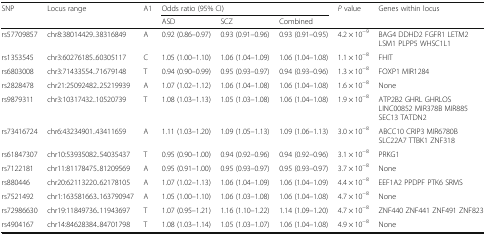
<table><thead><tr><td rowspan="2"><b>SNP</b></td><td rowspan="2"><b>Locus range</b></td><td rowspan="2"><b>A1</b></td><td colspan="3"><b>Odds ratio (95% CI)</b></td><td rowspan="2"><b><i>P</i> value</b></td><td rowspan="2"><b>Genes within locus</b></td></tr><tr><td><b>ASD</b></td><td><b>SCZ</b></td><td><b>Combined</b></td></tr></thead><tbody><tr><td>rs57709857</td><td>chr8:38014429..38316849</td><td>A</td><td>0.92 (0.86–0.97)</td><td>0.93 (0.91–0.96)</td><td>0.93 (0.91–0.95)</td><td>4.2 × 10<sup>−9</sup></td><td>BAG4 DDHD2 FGFR1 LETM2 LSM1 PLPP5 WHSC1L1</td></tr><tr><td>rs1353545</td><td>chr3:60276185..60305117</td><td>C</td><td>1.05 (1.00–1.10)</td><td>1.06 (1.04–1.09)</td><td>1.06 (1.04–1.08)</td><td>1.1 × 10<sup>−8</sup></td><td>FHIT</td></tr><tr><td>rs6803008</td><td>chr3:71433554..71679148</td><td>T</td><td>0.94 (0.90–0.99)</td><td>0.95 (0.93–0.97)</td><td>0.94 (0.93–0.96)</td><td>1.3 × 10<sup>−8</sup></td><td>FOXP1 MIR1284</td></tr><tr><td>rs2828478</td><td>chr21:25092482..25219939</td><td>A</td><td>1.07 (1.02–1.12)</td><td>1.06 (1.04–1.08)</td><td>1.06 (1.04–1.08)</td><td>1.6 × 10<sup>−8</sup></td><td>None</td></tr><tr><td>rs9879311</td><td>chr3:10317432..10520739</td><td>T</td><td>1.08 (1.03–1.13)</td><td>1.05 (1.03–1.08)</td><td>1.06 (1.04–1.08)</td><td>1.9 × 10<sup>−8</sup></td><td>ATP2B2 GHRL GHRLOS LINC00852 MIR378B MIR885 SEC13 TATDN2</td></tr><tr><td>rs73416724</td><td>chr6:43234901..43411659</td><td>A</td><td>1.11 (1.03–1.20)</td><td>1.09 (1.05–1.13)</td><td>1.09 (1.06–1.13)</td><td>3.0 × 10<sup>−8</sup></td><td>ABCC10 CRIP3 MIR6780B SLC22A7 TTBK1 ZNF318</td></tr><tr><td>rs61847307</td><td>chr10:53935082..54035437</td><td>T</td><td>0.95 (0.90–1.00)</td><td>0.94 (0.92–0.96)</td><td>0.94 (0.92–0.96)</td><td>3.1 × 10<sup>−8</sup></td><td>PRKG1</td></tr><tr><td>rs7122181</td><td>chr11:81178475..81209569</td><td>A</td><td>0.95 (0.91–1.00)</td><td>0.95 (0.93–0.97)</td><td>0.95 (0.93–0.97)</td><td>3.7 × 10<sup>−8</sup></td><td>None</td></tr><tr><td>rs880446</td><td>chr20:62113220..62178105</td><td>A</td><td>1.07 (1.02–1.13)</td><td>1.06 (1.04–1.09)</td><td>1.06 (1.04–1.09)</td><td>4.4 × 10<sup>−8</sup></td><td>EEF1A2 PPDPF PTK6 SRMS</td></tr><tr><td>rs7521492</td><td>chr1:163581663..163790947</td><td>A</td><td>1.05 (1.00–1.10)</td><td>1.06 (1.03–1.08)</td><td>1.06 (1.04–1.08)</td><td>4.7 × 10<sup>−8</sup></td><td>None</td></tr><tr><td>rs72986630</td><td>chr19:11849736..11943697</td><td>T</td><td>1.07 (0.95–1.21)</td><td>1.16 (1.10–1.22)</td><td>1.14 (1.09–1.20)</td><td>4.7 × 10<sup>−8</sup></td><td>ZNF440 ZNF441 ZNF491 ZNF823</td></tr><tr><td>rs4904167</td><td>chr14:84628384..84701798</td><td>T</td><td>1.08 (1.03–1.14)</td><td>1.05 (1.03–1.07)</td><td>1.06 (1.04–1.08)</td><td>4.9 × 10<sup>−8</sup></td><td>None</td></tr></tbody></table>